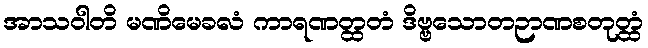
အာသဝါတိ မဏိမေခလံ ကာရဏတ္ထတံ ဒိဗ္ဗသောတဉာဏစတုတ္ထံ